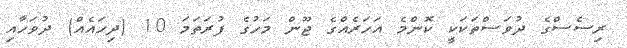
ރިސެސްގެ ދުވަސްތަކަކީ ކޮންމެ އަހަރެއްގެ ޖޫން މަހުގެ ފުރަތަމަ 10 (ދިހައެއް) ދުވަހާއި